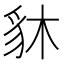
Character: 䝗